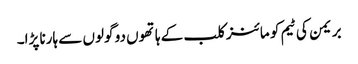
بریمن کی ٹیم کو مائنز کلب کے ہاتھوں دو گولوں سے ہارنا پڑا۔